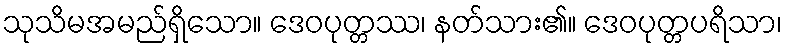
သုသိမအမည်ရှိသော။ ဒေဝပုတ္တဿ၊ နတ်သား၏။ ဒေဝပုတ္တပရိသာ၊